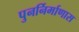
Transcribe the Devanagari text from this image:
पुनर्निर्माणास